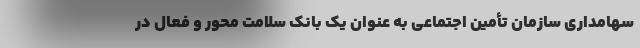
سهامداری سازمان تأمین اجتماعی به عنوان یک بانک سلامت محور و فعال در